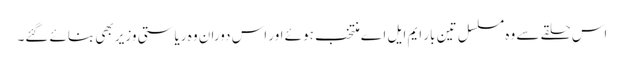
اس حلقے سے وہ مسلسل تین بار ایم ایل اے منتخب ہوئے اور اس دوران وہ ریاستی وزیر بھی بنائے گئے۔